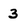
Character: 3